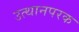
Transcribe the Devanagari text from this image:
उत्थानपरक